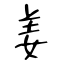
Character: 姜